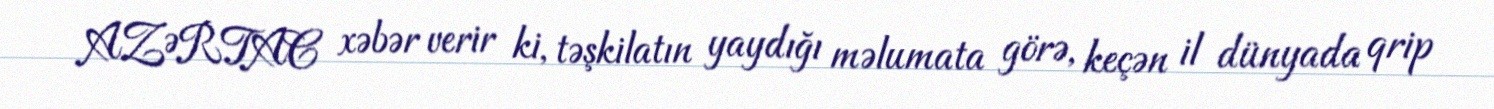
AZƏRTAC xəbər verir ki, təşkilatın yaydığı məlumata görə, keçən il dünyada qrip